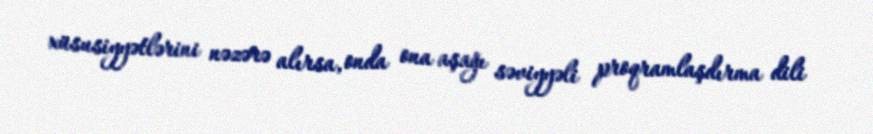
xüsusiyyətlərini nəzərə alırsa, onda ona aşağı səviyyəli proqramlaşdırma dili